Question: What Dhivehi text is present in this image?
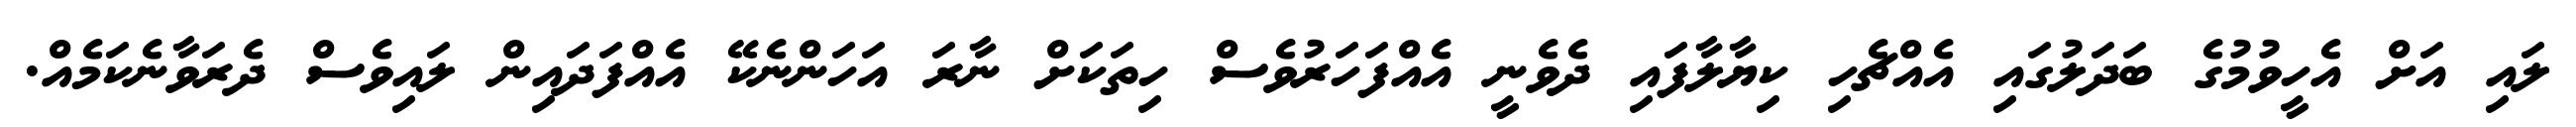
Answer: ލައި އަށް އެހީވުމުގެ ބަދަލުގައި އެއްޗެހި ކިޔާލާފައި ދެވެނީ އެއްފަހަރުވެސް ހިތަކަށް ނާރަ އަހަންނެކޭ އެއްފަދައިން ލައިވެސް ދެރަވާނެކަމެއް.